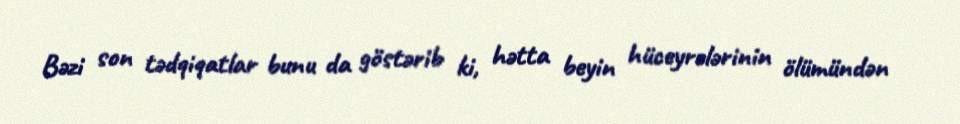
Bəzi son tədqiqatlar bunu da göstərib ki, hətta beyin hüceyrələrinin ölümündən